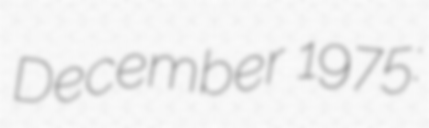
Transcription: December 1975: